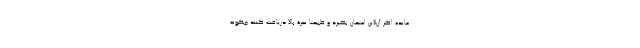
مانده اگر آن‌لاین امتحان بگیرد و طبیعتاً نمرۀ بالا دریافت کنند چگونه